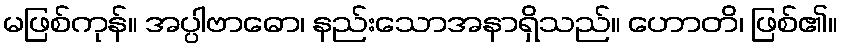
မဖြစ်ကုန်။ အပ္ပါဗာဓော၊ နည်းသောအနာရှိသည်။ ဟောတိ၊ ဖြစ်၏။